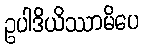
ဥပါဒိယိဿာမိပေ